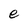
Character: e